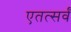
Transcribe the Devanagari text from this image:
एतत्सर्वं